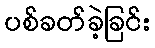
ပစ်ခတ်ခဲ့ခြင်း